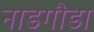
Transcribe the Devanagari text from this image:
नाडगौडा